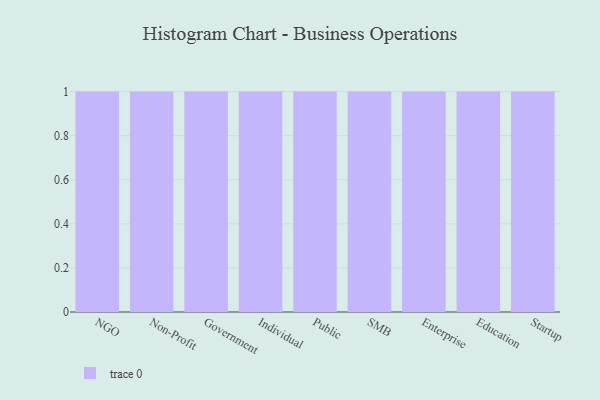
{"axis": {"x": "Segment", "y": "Budget (USD K)"}, "legend": [""], "data": [{"x": "NGO", "y": 71, "type": ""}, {"x": "Non-Profit", "y": 7, "type": ""}, {"x": "Government", "y": 61, "type": ""}, {"x": "Individual", "y": 69, "type": ""}, {"x": "Public", "y": 42, "type": ""}, {"x": "SMB", "y": 14, "type": ""}, {"x": "Enterprise", "y": 2, "type": ""}, {"x": "Education", "y": 41, "type": ""}, {"x": "Startup", "y": 55, "type": ""}]}